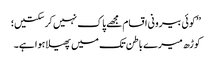
’’کوئی بیرونی اقسام مجھے پاک نہیں کر سکتیں؛
کوڑھ میرے باطن تک میں پھیلا ہوا ہے۔